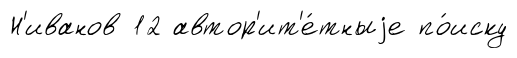
Н'иванов 12 автор'ит'е́тныjе по́иску